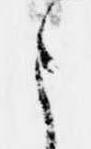
さ